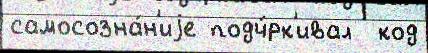
самосозна́н'иjе подч́рк'ивал  код